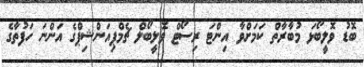
ބޮޑު ވޮލީބޯޅަ މުބާރާތް ކަމަށްވާ އިންޓަ ރިސޯޓް ވޮލީބޯލް ޗެމްޕިއަންޝިޕްގެ އަންނަ ހަފުތާގެ